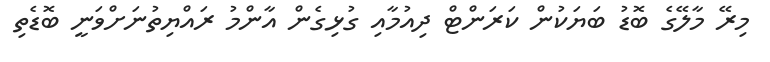
މިރޭ މާލޭގެ ބޮޑު ބަޔަކުން ކަރަންޓް ދިއުމާއި ގުޅިގެން އާންމު ރައްޔިތުނަށްވަނީ ބޮޑެތި